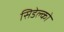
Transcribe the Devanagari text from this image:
सिडेल्को